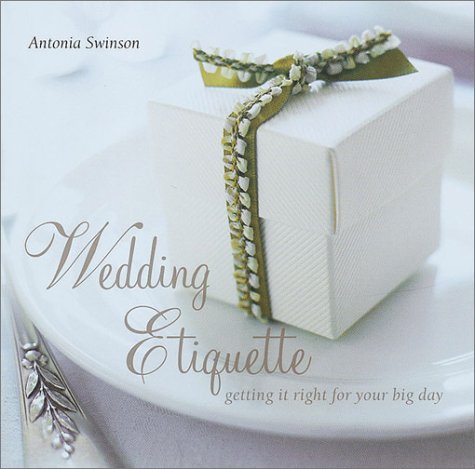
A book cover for Wedding Etiquette; Antonia Swinson; Crafts, Hobbies & Home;